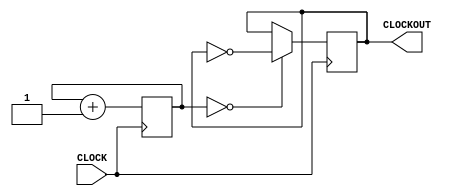
`timescale 1ns / 1ps
//////////////////////////////////////////////////////////////////////////////////
// Company: 
// Engineer: 
// 
// Design Name: 
// Module Name: clk6Hz
// Project Name: 
// Target Devices: 
// Tool Versions: 
// Description: 
// 
// Dependencies: 
// 
// Revision:
// Revision 0.01 - File Created
// Additional Comments:
// 
//////////////////////////////////////////////////////////////////////////////////


module clk6Hz(input CLOCK, output reg CLOCKOUT = 0);
    
    reg [22:0] counter = 0;
    
    always @ (posedge CLOCK) begin
        counter <= counter + 1;
        CLOCKOUT <= (counter == 0) ? ~CLOCKOUT : CLOCKOUT;
    end
endmodule